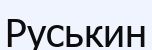
Руськин